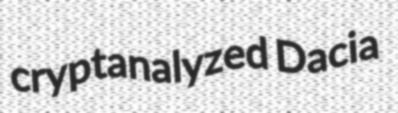
cryptanalyzed Dacia